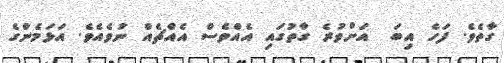
ގާތެވެ. ފަހެ އިބަ  އަށްވުރެ ގާތުގައި އެއްވެސް އެއްޗެއް ނުވެއެވެ. އަޅަމެންގެ